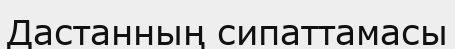
Дастанның сипаттамасы